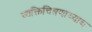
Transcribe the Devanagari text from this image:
व्यक्तिचित्रणाच्याच